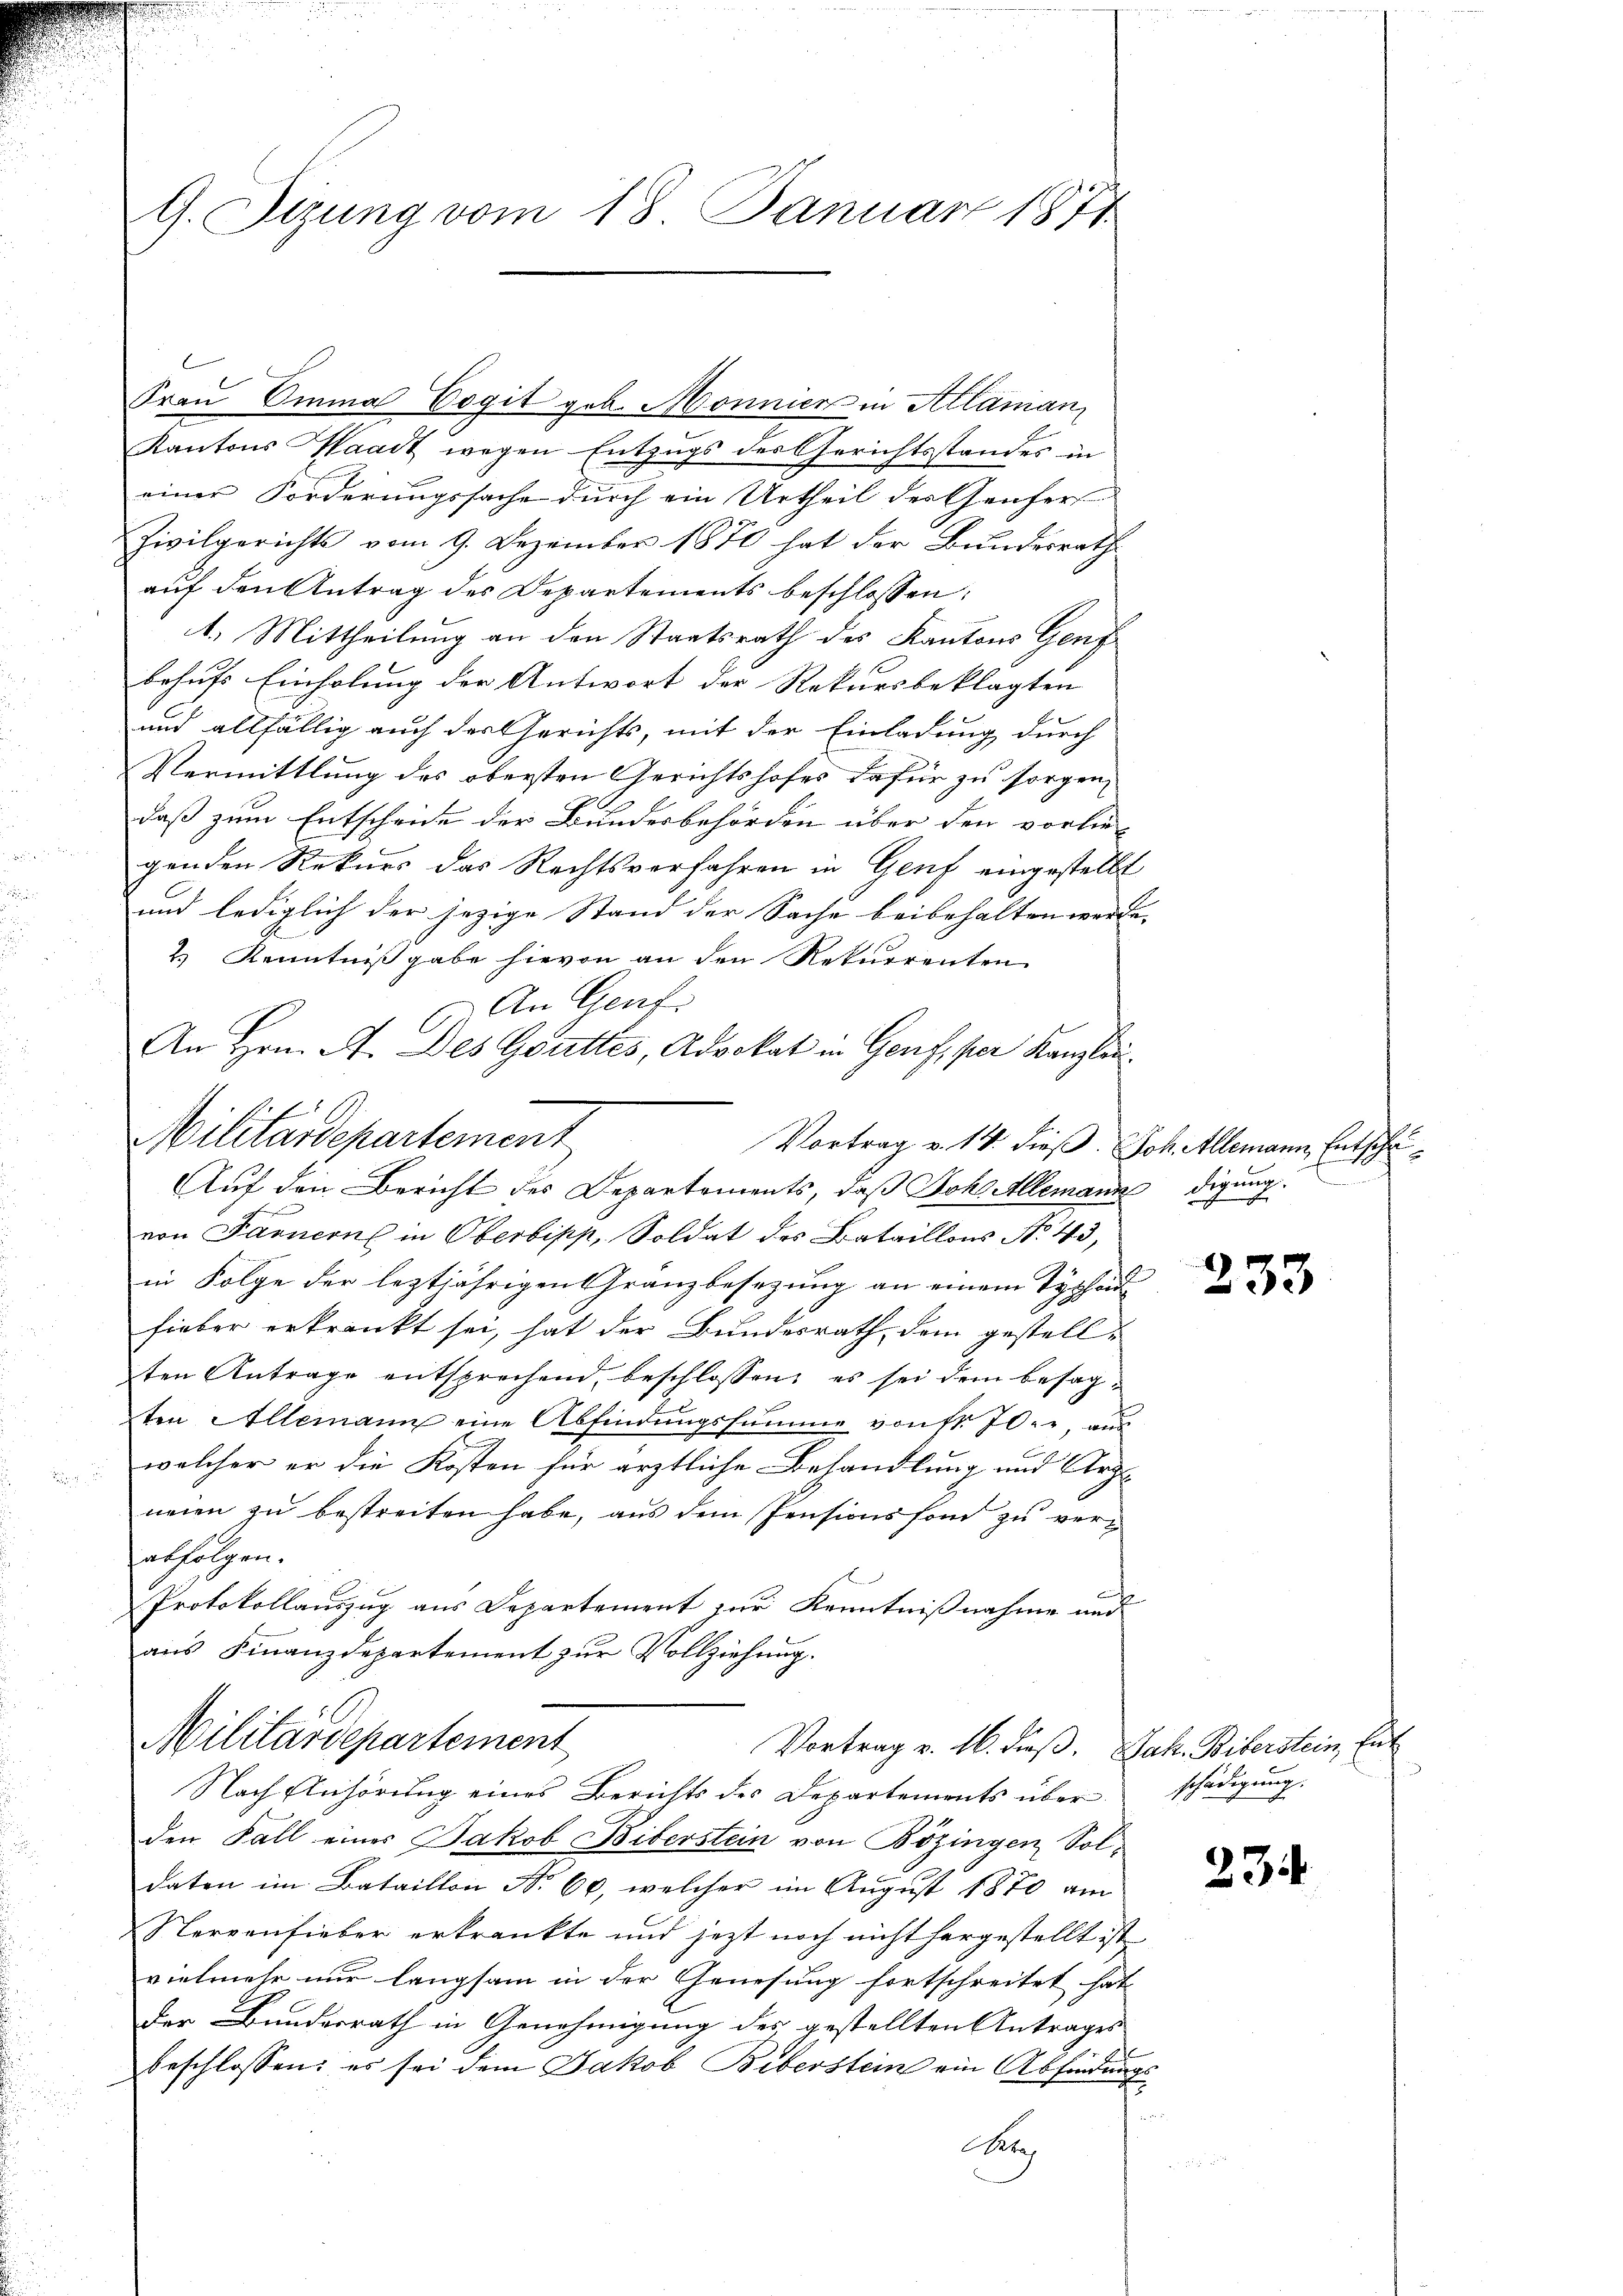
G. Sitzung vom 18. Januar 1874

Frau Omma Cogit geb. Monnier in Alaman,
Kantons Waadt wegen Entzugs der Gerichtsstandes in
einer Forderungssache durch ein Urtheil der Genfers
Zivilgerichts vom 9. Dezember 1870 hat der Bundesrath
auf den Antrag des Departements beschlossen:
1.) Mittheilung an den Staatsrath des Kantons Genf
behufs Einholung der Antwort der Rekursbeklagten
und allfällig auch der Gerichts, mit der Einladung durch
Vermittlung des obersten Gerichtshofes dafür zu sorgen,
E
daß zum Entschende der Bundesbehörden über den vorlie-
genden Rekurs das Rechtsverfahren in Genf eingestellt
und lediglich der jezige Stand der Sache beibehalten werd
2.) Kenntnißgabe hievon an den Rekurrenten
An Genf
An Hrn. A. Des Gottes, Advokat in Genf, per Kanzlei.
Militärdepartement
Vortrag v. 14. dieß Joh. Allemann, Entschä¬
Auf den Bericht des Departements, daß Bohlallemann digung.
von Farnern in Oberbipp, Soldat des Bataillons No. 43,
in Folge der leztjährigen Granzbesezung an einem Typhond
fieber erkrankt sei, hat der Bundesrath, dem gestellten Antrage entsprechend, beschlossen, es sei dem besagten Allemann eine Abfindungssumme von fr. 70, aus
welcher er die Kosten für ärztliche Behandlung und Arz
neien zu bestreiten habe, aus dem Pensionsfond zu verabfolgen.
Protokollauszug aus Departement zur Kenntnißnahme und
aus Finanzdepartement zur Vollziehung.

l

Militärdepartement
Vortrag v. 16. dieß. Jak. Biberstein, Ent
Nach Anhörung eines Berichts der Departements über schädigung.

den Fall eines Jakob Biberstein von Bözingen Soldaten im Bataillon Nr. 60, welcher im August 1870 am
Nervenfieber erkrankte und jezt noch nicht hergestellt ist
vielmehr nur langsam in der Genesung fortschreitet hat
Der Bundesrath in Genehmigung des gestellten Antrages
beschlossen: es sei dem Jakob Biberstein ein Abfindungs¬
Aeth

233

234